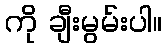
ကို ချီးမွမ်းပါ။